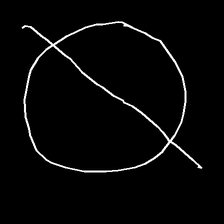
Glyph: orb